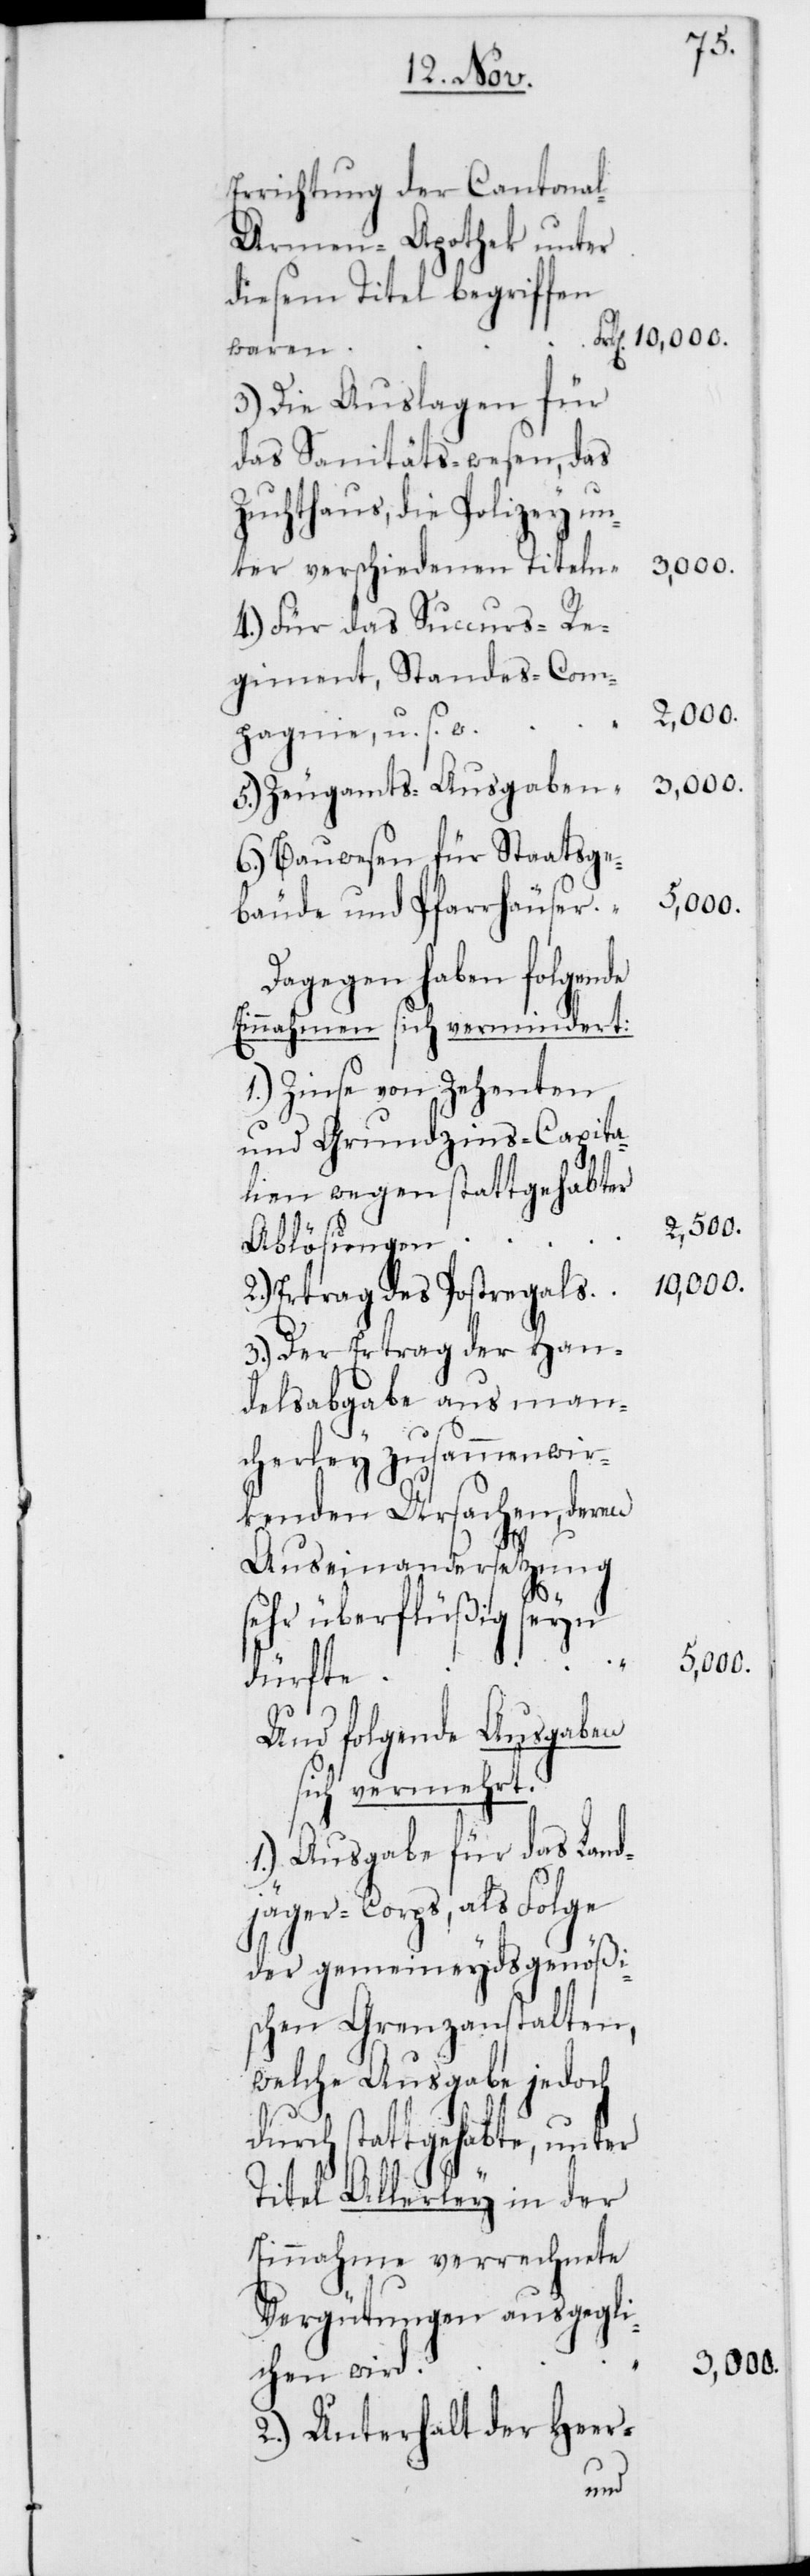
Errichtung der Cantona¬
l-Armenapothek unter
diesem Titel begriffen
waren
3.) Die Auslagen für
das Sanitäts-wesen, das
Zuchthaus, die Polizey un¬
3000.
ter verschiedenen Titeln
4.) Für das Succurs-Re¬
giment, Standes-Com¬
pagnie, u. s. w.
5.) Zeugamts-Ausgaben
6.) Bauwesen für Staatsge¬
bäude und Pfarrhäuser
Dagegen haben folgende
Einnahmen sich verminderet:
1.) Zinse von Zehenten
und Grundzins-Capita¬
lien wegen stattgehabter
Ablösungen
10,000.
2.) Ertrag des Postregals
3.) Der Ertrag der Han¬
delsabgabe aus man¬
cherley zusammenwir¬
kenden Ursachen, deren
Auseinandersetzung
sehr überflüßig seyn
5000.
dürfte
Und folgende Ausgaben
sich vermehrt:
1.) Ausgabe für das Land¬
jäger-Corps, als Folge
der gemeineydsgenößi¬
schen Grenzanstalten,
welche Ausgabe jedoch
durch stattgehabte, unter
Titel Allerley in der
Einnahme verrechnete
Vergütungen ausgegli¬
chen wird
2.) Unterhalt der Heer-